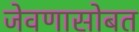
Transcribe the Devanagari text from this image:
जेवणासोबत